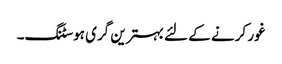
غور کرنے کے لئے بہترین گری ہوسٹنگ۔